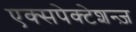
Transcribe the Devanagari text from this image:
एक्सपेक्टेशन्ज़